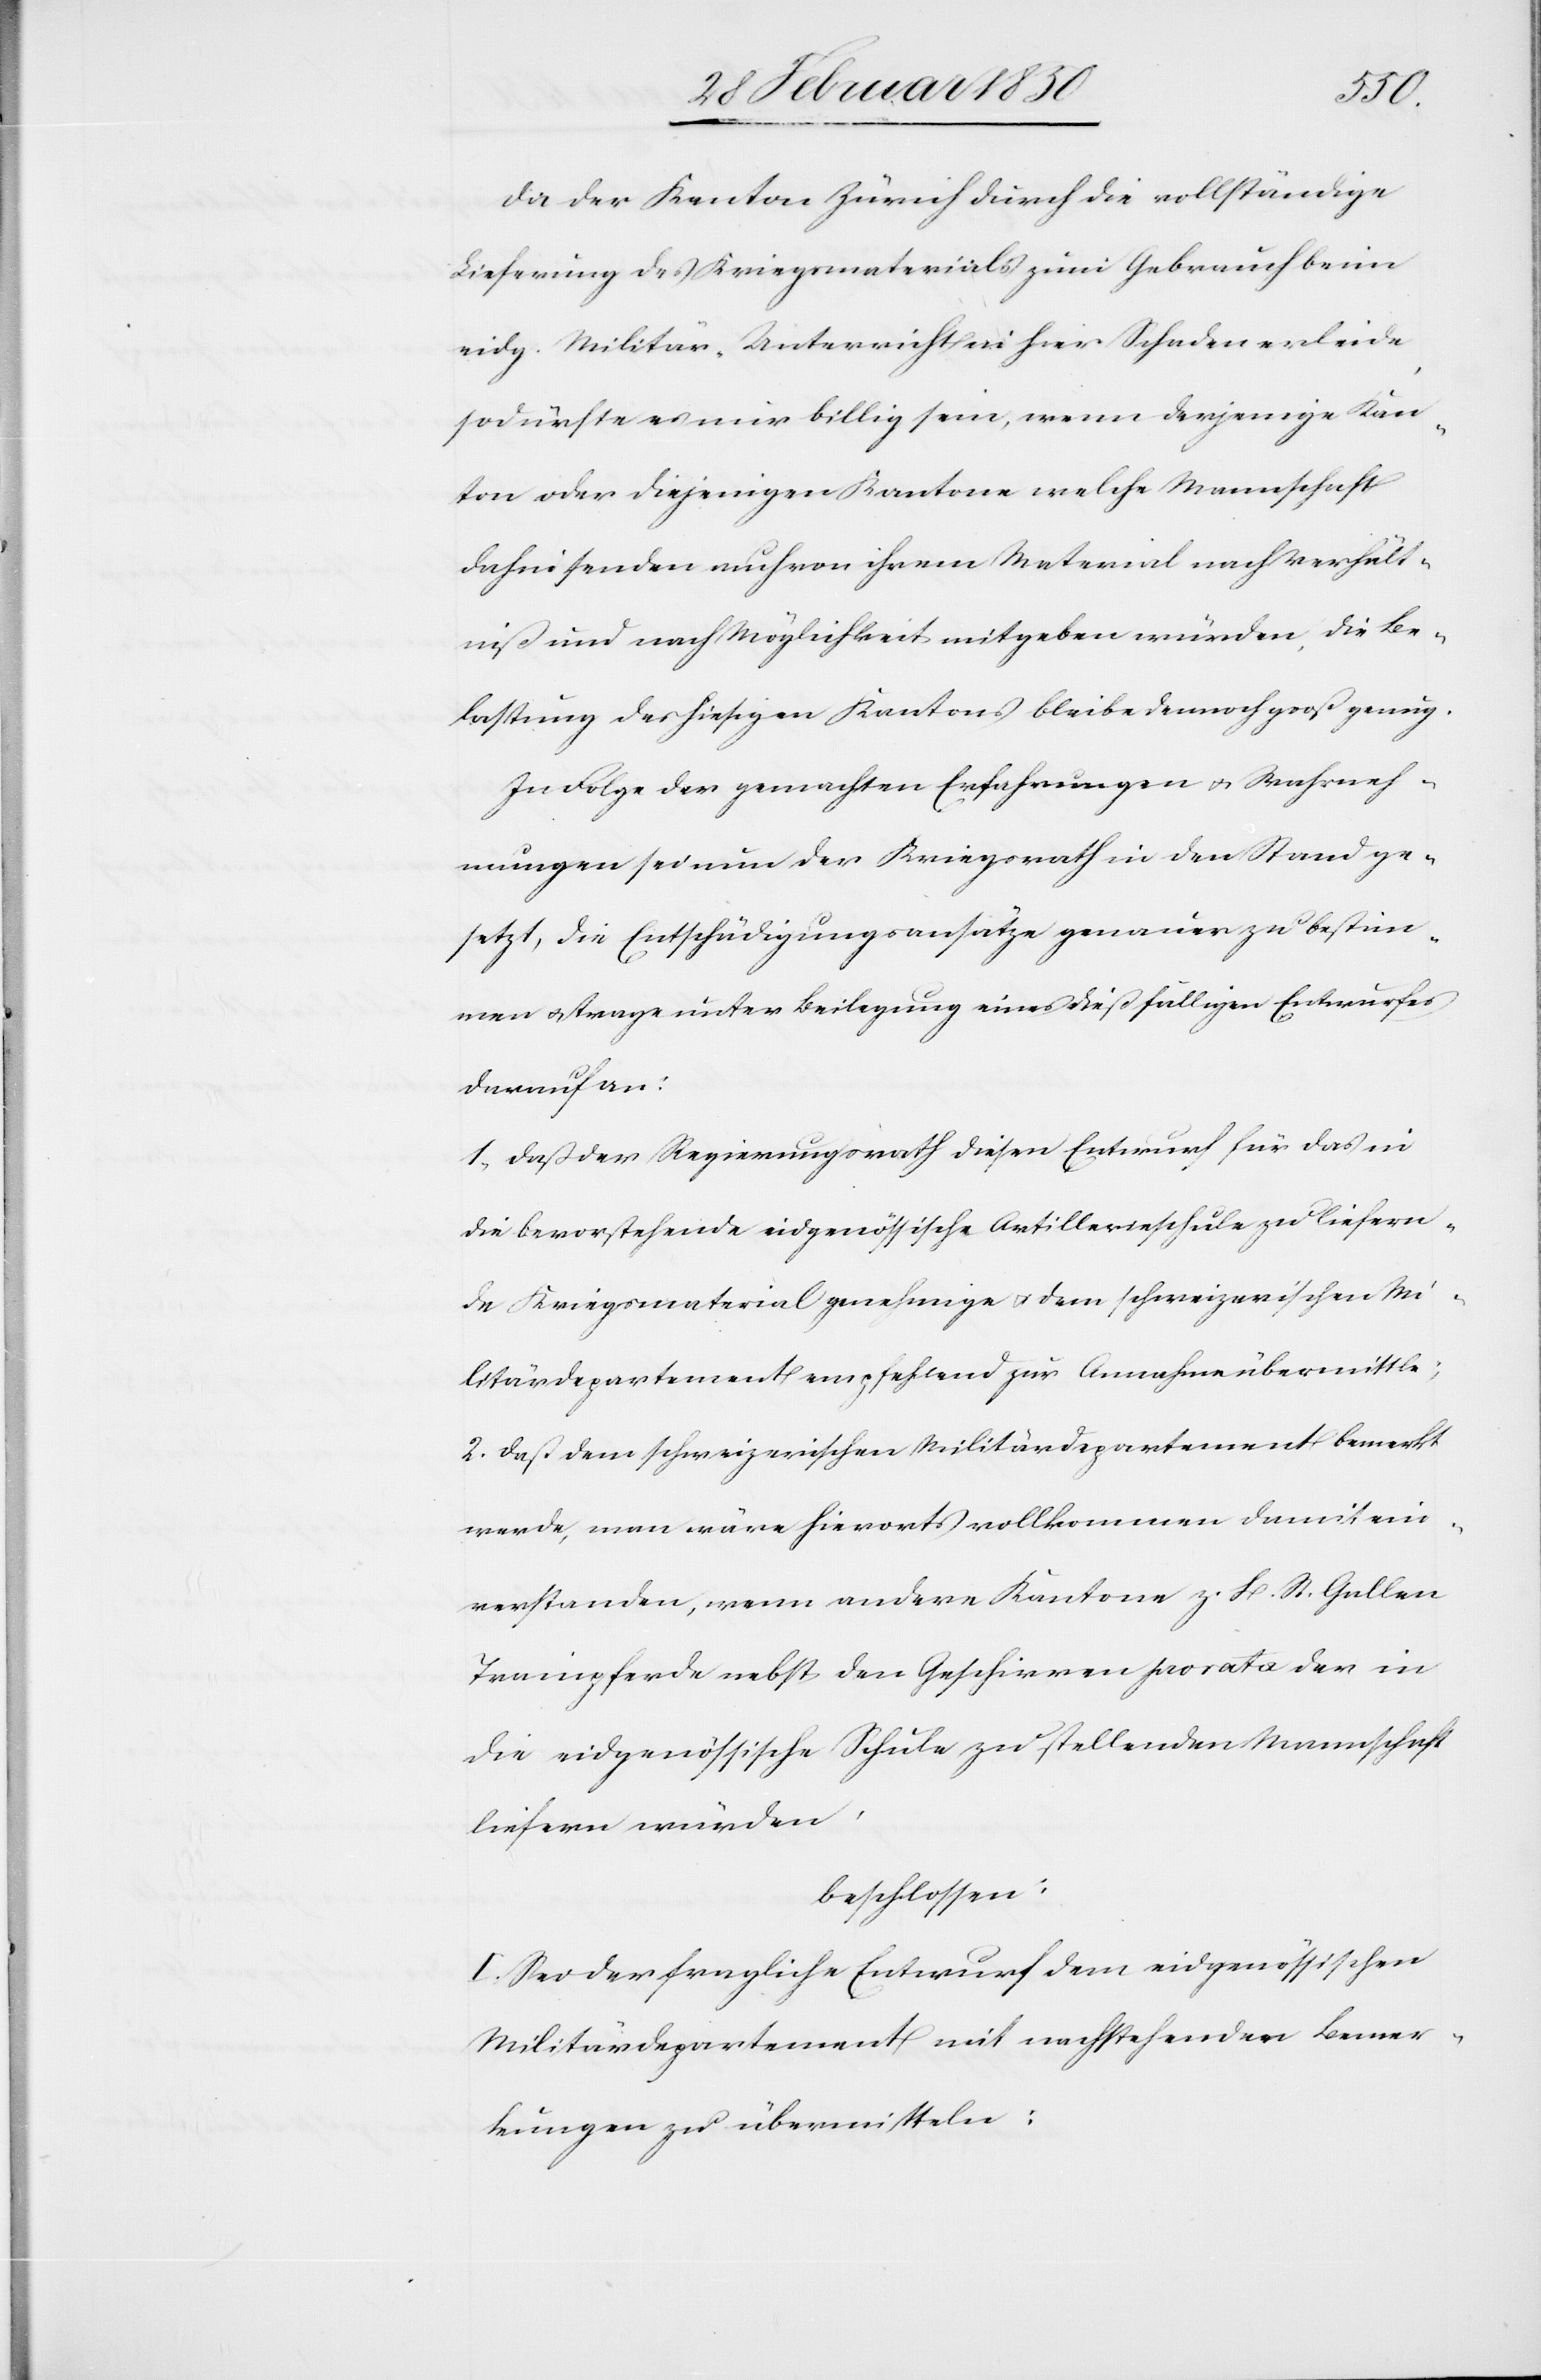
Da der Kanton Zürich durch die vollständige
Lieferung des Kriegsmaterials zum Gebrauch beim
eidg. Militär-Unterricht in hier Schaden erleide
so dürfte es nur billig sein, wenn derjenige Kan¬
ton oder diejenigen Kantone welche Mannschaft
dahin senden auch von ihrem Material nach Verhält¬
niß und Möglichkeit mitgeben würden. Die Be¬
lastung des hiesigen Kantons bleibe dennoch groß genug.
In Folge der gemachten Erfahrungen u. Wahrneh¬
mungen sei nun der Kriegsrath in den Stand ge¬
setzt, die Entschädigungsansätze genauer zu bestim¬
men u. trage unter Beilegung eines dießfälligen Entwurfes
darauf an:
1. Daß der Regierungsrath diesen Entwurf für das in
die bevorstehende eidgenössische Artillerieschule zu liefern¬
de Kriegsmaterial genehmige u. dem schweizerischen Mi¬
litärdepartement empfehlend zur Annahme übermittle;
2. Daß dem schweizerischen Militärdepartement bemerkt
werde, man wäre hierorts vollkommen damit ein¬
verstanden, wenn andere Kantone z. B. St. Gallen
Trainpferde nebst den Geschirren pro rata der in
die eidgenössische Schule zu stellenden Mannschaft
liefern würden,
beschlossen:
I. Sei der fragliche Entwurf dem eidgenössischen
Militärdepartement mit nachstehenden Bemer¬
kungen zu übermitteln: